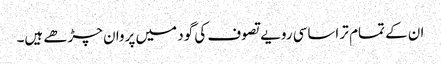
ان کے تمام تر اساسی رویے تصوف کی گود میں پروان چڑھے ہیں۔